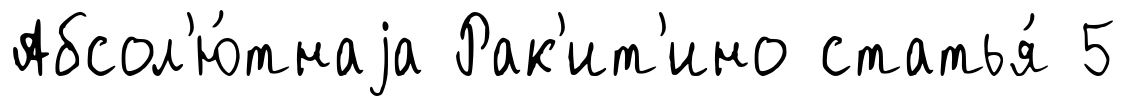
Абсол'ю́тнаjа Рак'ит'ино статья́ 5